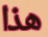
هذا